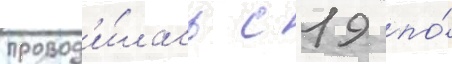
провод'и́лась с 19 по́